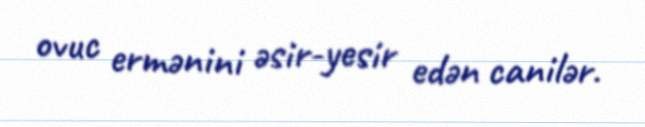
ovuc ermənini əsir-yesir edən canilər.